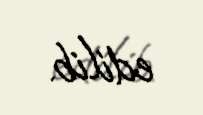
edilib.